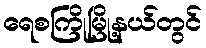
ရေစကြိုမြို့နယ်တွင်